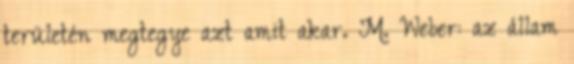
területén megtegye azt amit akar. M. Weber: az állam